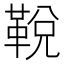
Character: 𩊭